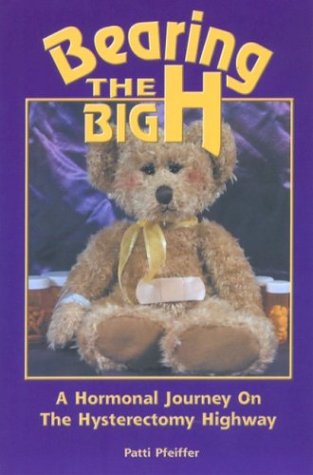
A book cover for Bearing the Big H: A Hormonal Journey on the Hysterectomy Highway; Patti Pfeiffer; Health, Fitness & Dieting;